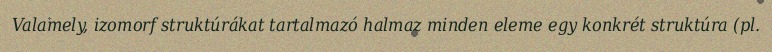
Valamely, izomorf struktúrákat tartalmazó halmaz minden eleme egy konkrét struktúra (pl.